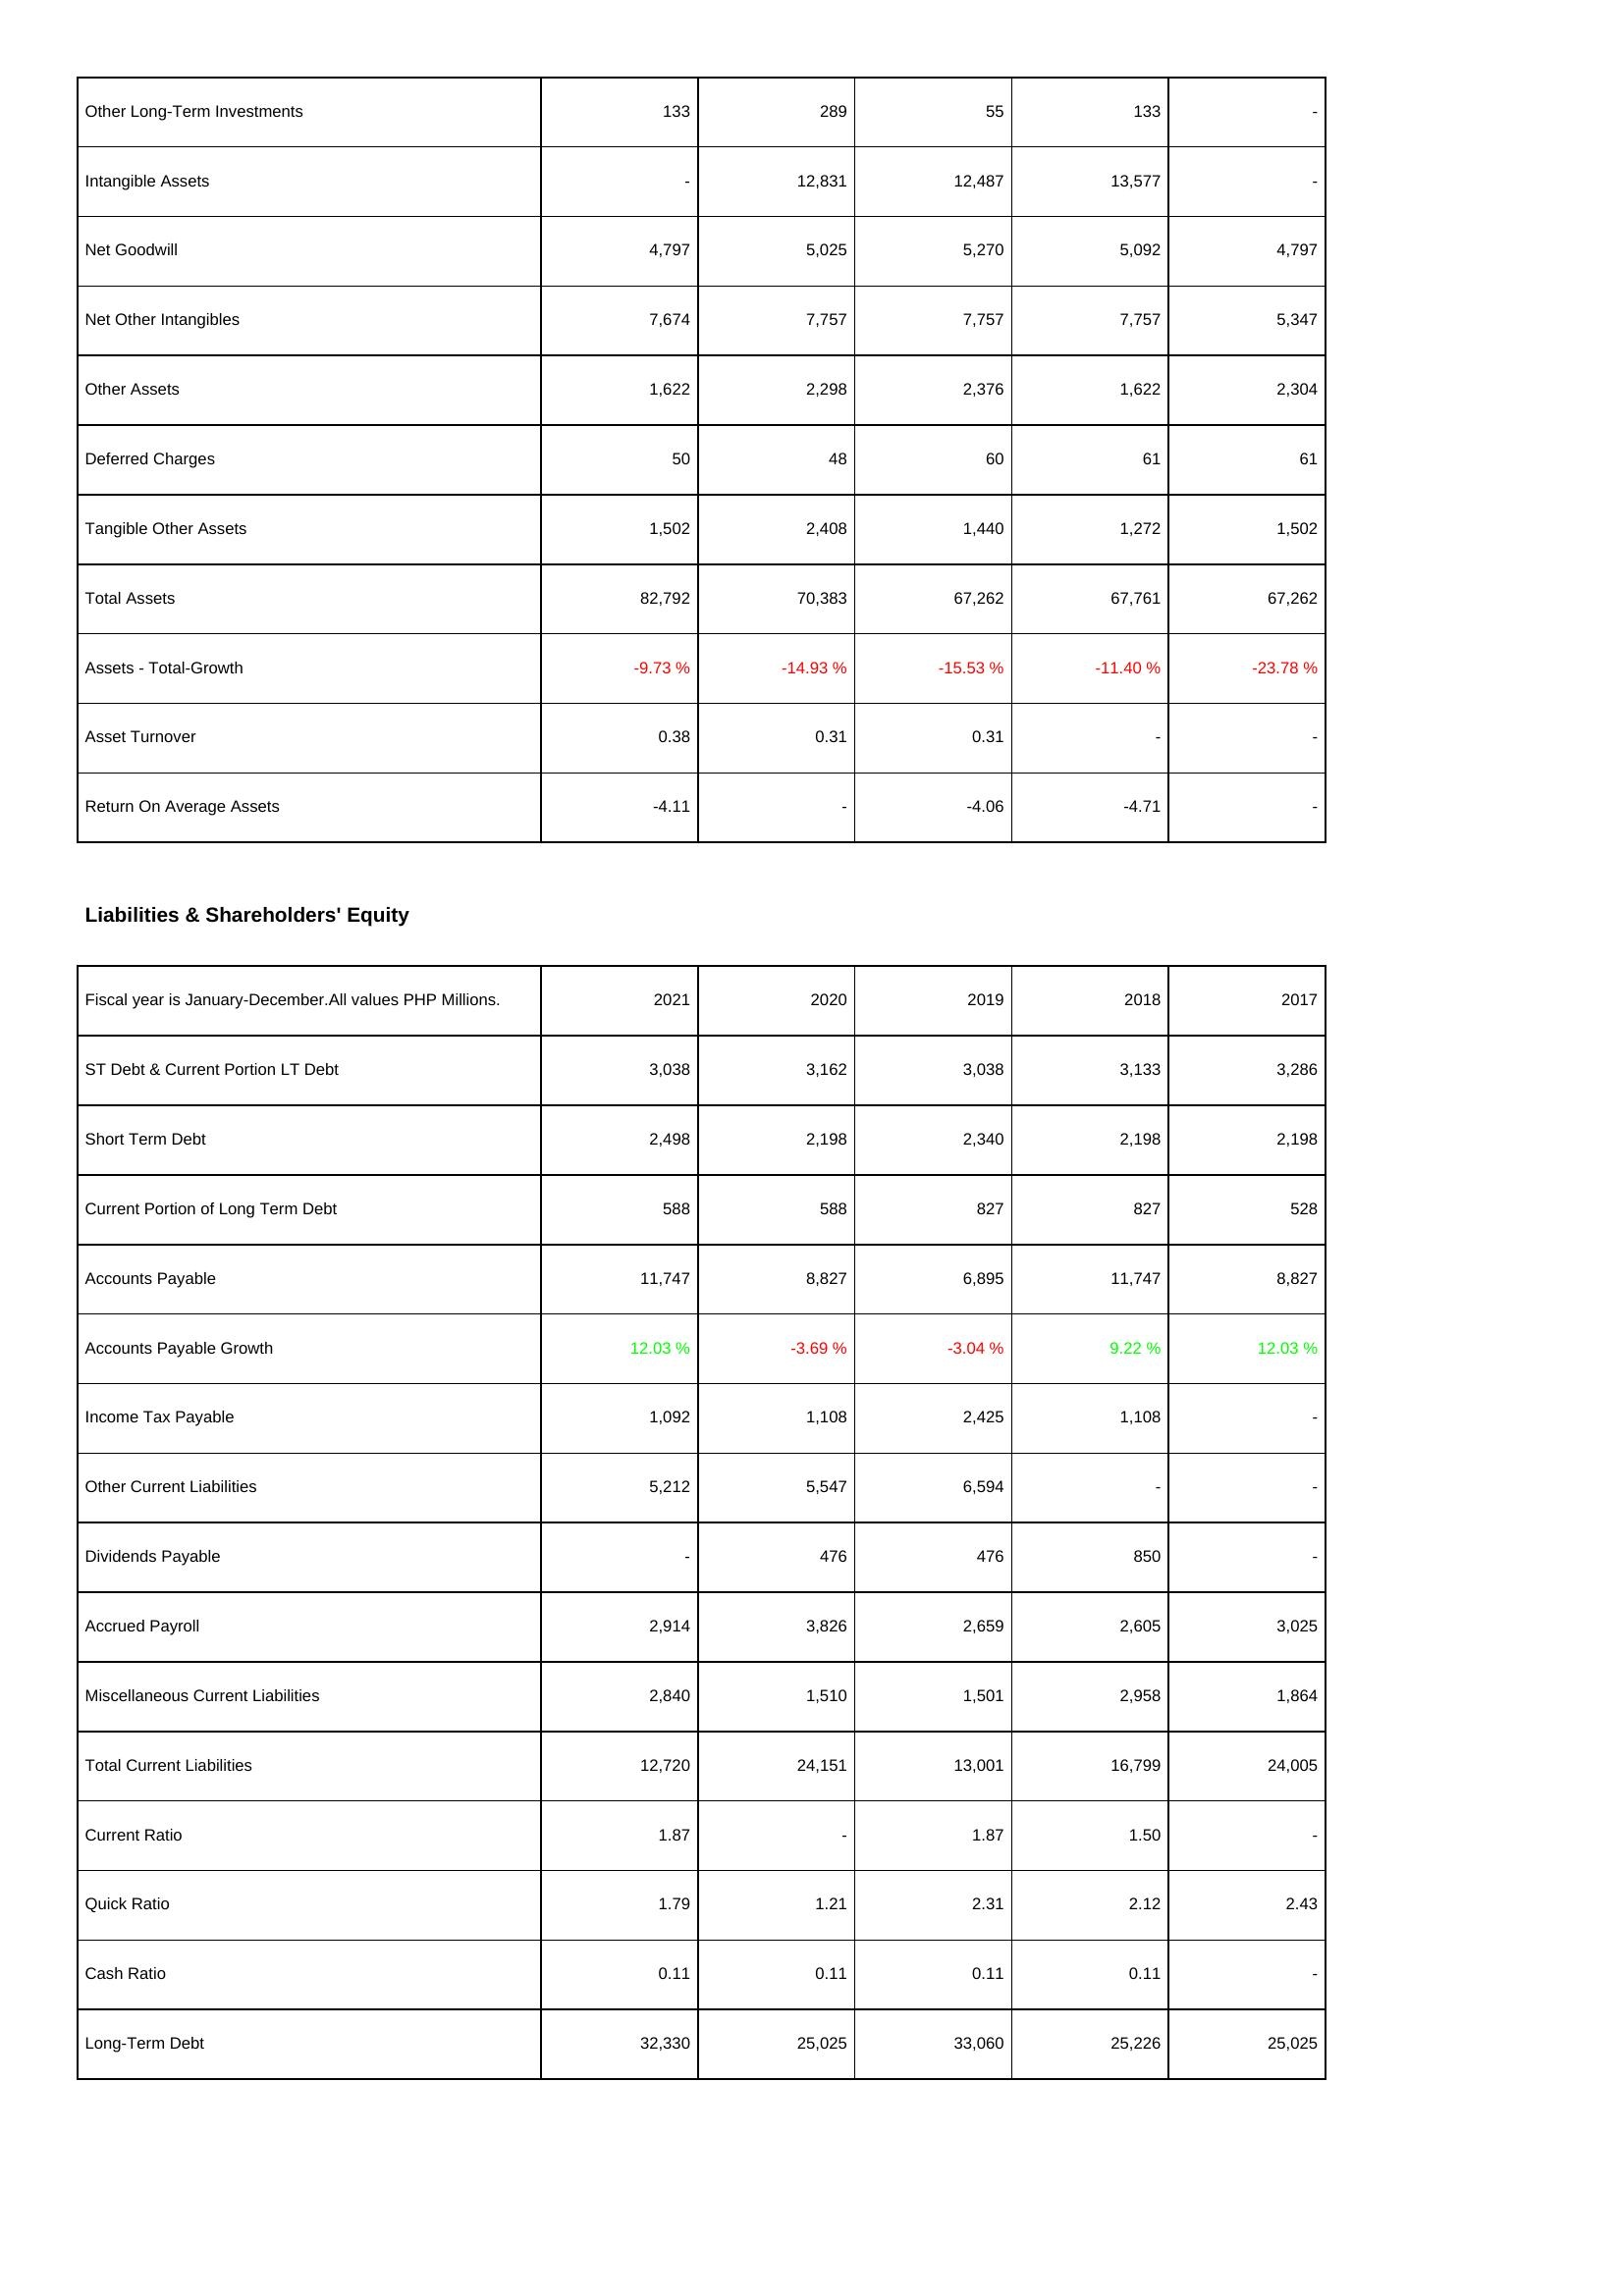
2021: Assets: Other Long-Term Investments: 133
Intangible Assets: -
Net Goodwill: 4,797
Net Other Intangibles: 7,674
Other Assets: 1,622
Deferred Charges: 50
Tangible Other Assets: 1,502
Total Assets: 82,792
Assets - Total-Growth: -9.73 %
Asset Turnover: 0.38
Return On Average Assets: -4.11
Liabilities & Shareholders' Equity: ST Debt & Current Portion LT Debt: 3,038
Short Term Debt: 2,498
Current Portion of Long Term Debt: 588
Accounts Payable: 11,747
Accounts Payable Growth: 12.03 %
Income Tax Payable: 1,092
Other Current Liabilities: 5,212
Dividends Payable: -
Accrued Payroll: 2,914
Miscellaneous Current Liabilities: 2,840
Total Current Liabilities: 12,720
Current Ratio: 1.87
Quick Ratio: 1.79
Cash Ratio: 0.11
Long-Term Debt: 32,330
2020: Assets: Other Long-Term Investments: 289
Intangible Assets: 12,831
Net Goodwill: 5,025
Net Other Intangibles: 7,757
Other Assets: 2,298
Deferred Charges: 48
Tangible Other Assets: 2,408
Total Assets: 70,383
Assets - Total-Growth: -14.93 %
Asset Turnover: 0.31
Return On Average Assets: -
Liabilities & Shareholders' Equity: ST Debt & Current Portion LT Debt: 3,162
Short Term Debt: 2,198
Current Portion of Long Term Debt: 588
Accounts Payable: 8,827
Accounts Payable Growth: -3.69 %
Income Tax Payable: 1,108
Other Current Liabilities: 5,547
Dividends Payable: 476
Accrued Payroll: 3,826
Miscellaneous Current Liabilities: 1,510
Total Current Liabilities: 24,151
Current Ratio: -
Quick Ratio: 1.21
Cash Ratio: 0.11
Long-Term Debt: 25,025
2019: Assets: Other Long-Term Investments: 55
Intangible Assets: 12,487
Net Goodwill: 5,270
Net Other Intangibles: 7,757
Other Assets: 2,376
Deferred Charges: 60
Tangible Other Assets: 1,440
Total Assets: 67,262
Assets - Total-Growth: -15.53 %
Asset Turnover: 0.31
Return On Average Assets: -4.06
Liabilities & Shareholders' Equity: ST Debt & Current Portion LT Debt: 3,038
Short Term Debt: 2,340
Current Portion of Long Term Debt: 827
Accounts Payable: 6,895
Accounts Payable Growth: -3.04 %
Income Tax Payable: 2,425
Other Current Liabilities: 6,594
Dividends Payable: 476
Accrued Payroll: 2,659
Miscellaneous Current Liabilities: 1,501
Total Current Liabilities: 13,001
Current Ratio: 1.87
Quick Ratio: 2.31
Cash Ratio: 0.11
Long-Term Debt: 33,060
2018: Assets: Other Long-Term Investments: 133
Intangible Assets: 13,577
Net Goodwill: 5,092
Net Other Intangibles: 7,757
Other Assets: 1,622
Deferred Charges: 61
Tangible Other Assets: 1,272
Total Assets: 67,761
Assets - Total-Growth: -11.40 %
Asset Turnover: -
Return On Average Assets: -4.71
Liabilities & Shareholders' Equity: ST Debt & Current Portion LT Debt: 3,133
Short Term Debt: 2,198
Current Portion of Long Term Debt: 827
Accounts Payable: 11,747
Accounts Payable Growth: 9.22 %
Income Tax Payable: 1,108
Other Current Liabilities: -
Dividends Payable: 850
Accrued Payroll: 2,605
Miscellaneous Current Liabilities: 2,958
Total Current Liabilities: 16,799
Current Ratio: 1.50
Quick Ratio: 2.12
Cash Ratio: 0.11
Long-Term Debt: 25,226
2017: Assets: Other Long-Term Investments: -
Intangible Assets: -
Net Goodwill: 4,797
Net Other Intangibles: 5,347
Other Assets: 2,304
Deferred Charges: 61
Tangible Other Assets: 1,502
Total Assets: 67,262
Assets - Total-Growth: -23.78 %
Asset Turnover: -
Return On Average Assets: -
Liabilities & Shareholders' Equity: ST Debt & Current Portion LT Debt: 3,286
Short Term Debt: 2,198
Current Portion of Long Term Debt: 528
Accounts Payable: 8,827
Accounts Payable Growth: 12.03 %
Income Tax Payable: -
Other Current Liabilities: -
Dividends Payable: -
Accrued Payroll: 3,025
Miscellaneous Current Liabilities: 1,864
Total Current Liabilities: 24,005
Current Ratio: -
Quick Ratio: 2.43
Cash Ratio: -
Long-Term Debt: 25,025